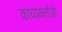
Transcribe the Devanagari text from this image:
काव्यकर्ताओं